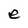
Character: e